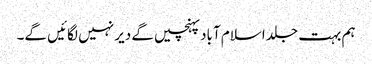
ہم بہت جلد اسلام آباد پہنچیں گے دیر نہیں لگائیں گے۔